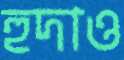
হুদাও